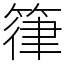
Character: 箻